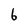
Character: 6